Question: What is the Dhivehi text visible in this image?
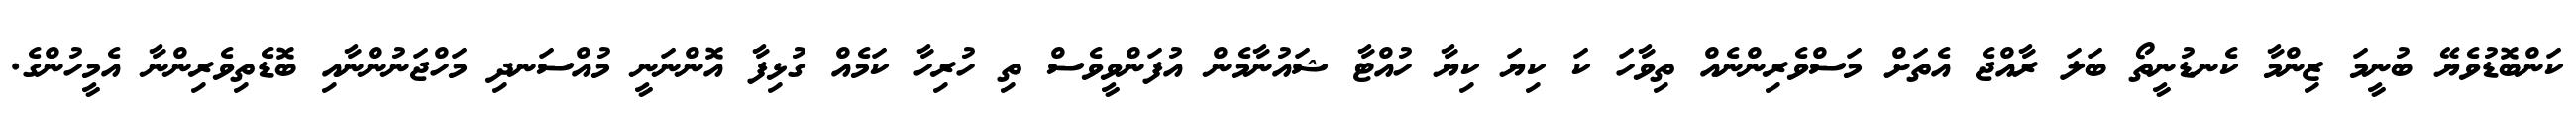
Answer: ކަންބޮޑުވެޔޭ ބުނީމަ ޒިންމާ ކެނޑުނީތޯ ބަލަ ރާއްޖެ އެތަށް މަސްވެރިންނެއް ތިވާހަ ކަ ކިޔަ ކިޔާ ހުއްޓާ ޝައުނާމެން އުފަންވީވެސް ތި ހުރިހާ ކަމެއް ގުޅިފާ އޮންނަނީ މުއްސަނދި މަހްޖަނުންނާއި ބޮޑެތިވެރިންނާ އެމީހުންގެ.